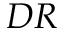
D R